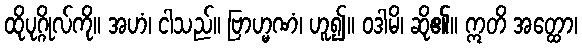
ထိုပုဂ္ဂိုလ်ကို။ အဟံ၊ ငါသည်။ ဗြာဟ္မဏံ၊ ဟူ၍။ ဝဒါမိ၊ ဆို၏။ ဣတိ အတ္ထော၊